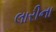
લારીના